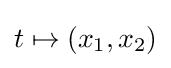
t\mapsto (x_{1},x_{2})